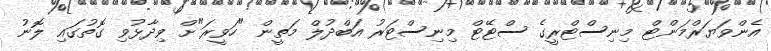
އެންވަޔަރްމަންޓް މިނިސްޓްރީގެ ސްޓޭޓް މިނިސްޓަރު އަބްދުލް މަތީން "ހަވީރަ"ށް ވިދާޅުވި ގޮތުގައި ލޮނު